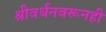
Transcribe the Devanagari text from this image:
श्रीवर्धनवरूनही